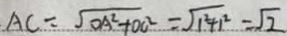
A C = \sqrt { O A ^ { 2 } + O C ^ { 2 } } = \sqrt { 1 ^ { 2 } + 1 ^ { 2 } } = \sqrt { 2 }